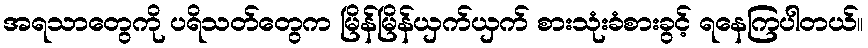
အရသာတွေကို ပရိသတ်တွေက မြိန်မြိန်ယှက်ယှက် စားသုံးခံစားခွင့် ရနေကြပါတယ်။